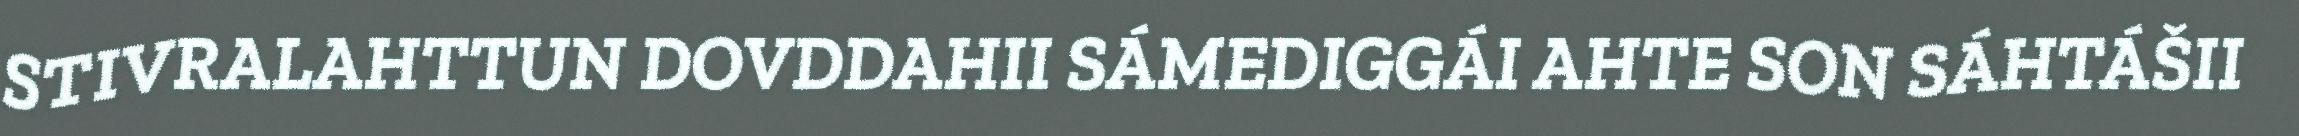
STIVRALAHTTUN DOVDDAHII SÁMEDIGGÁI AHTE SON SÁHTÁŠII